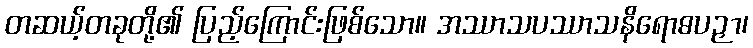
တဆယ့်တခုတို့၏ ပြည့်ကြောင်းဖြစ်သော။ အဿာသပဿာသနိရောဓပဉှာ၊